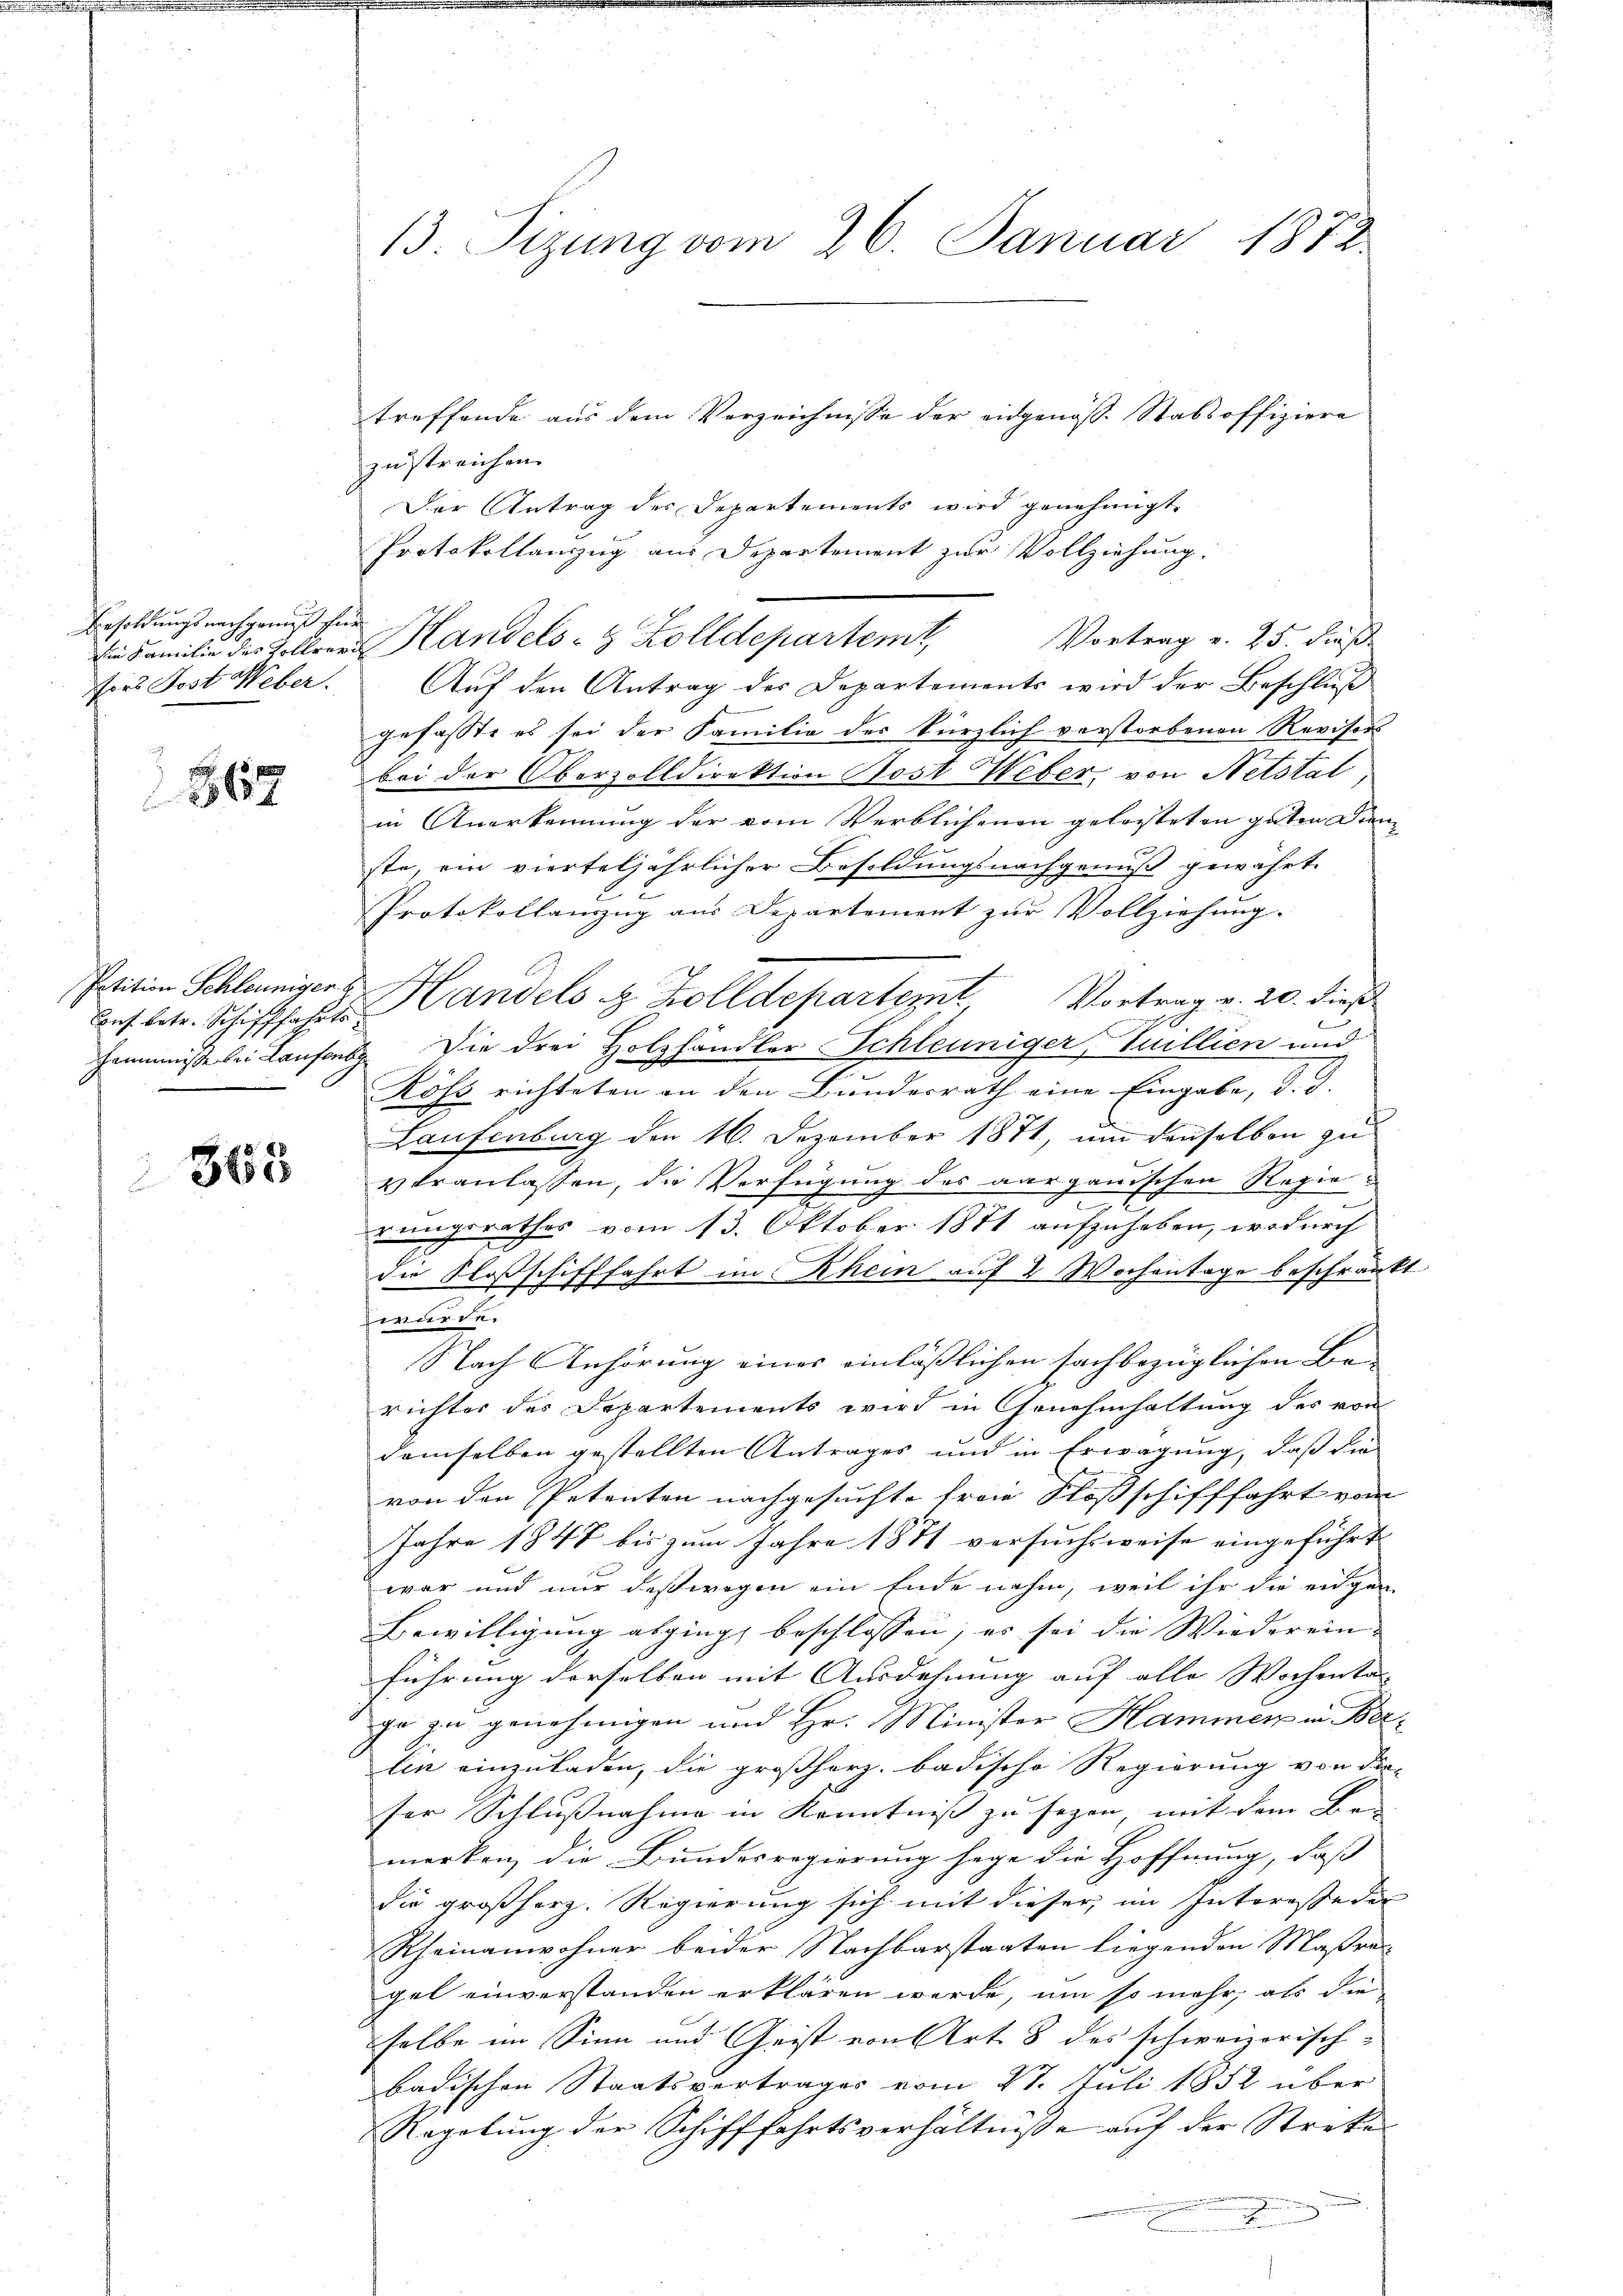
Besoldungsnachgenuß für
ors Post Weber.

867

Cons. betr. Schifffahrts

365

13. Sizung vom 26. Januar 1872

treffende aus dem Verzeichnisse der eidgenöss. Stabsoffiziere
zustreichen.
Der Antrag des Departements wird genehmigt.
Protokollanzug aus Departement zur Vollziehung.
Vortrag v. 25. Fuß.
Ein Familie des Kolleren Handels- & Zolldepartemt,
Auf den Antrag der Departements wird der Beschluß
gefasste es sei der Familie des kürzlich verstorbenen Revisors
bei der Oberzolldirektion Kost Weber, von Netstal,
in Anerkennung der vom Verblichenen gelasteten guten Dien- |
ste, ein vierteljährlicher Besoldungsnachgenuß gewährt,
Protokollanzug aus Departement zur Vollziehung.
Pritien Schleuniger & Handels u. Zolldepartemt Vortrag v. 20. dieß
Hemmnisse bei Laufen. Die drei Holzhändler Schleuniger, Juillien und
Röss richteten an den Bundesrath eine Eingabe, d. d.
Laufenburg den 16. Dezember 1871, um denselben zu
Veranlassen, die Verfügung des aargauischen Regierungsrathes vom 13. Oktober 1871 aufzuheben, wodurch
die Floßschifffahrt im Rhein auf 2 Wochentage beschränkt
wurde.
Nach Anhörung eines einläßlichen sachbezüglichen Be-
richter des Departements wird in Genehmhaltung des von
demselben gestellten Antrages und in Erwägung, daß die
von den Petenten nachgesuchte freie Floßschifffahrt vom
Jahre 1847 bis zum Jahre 1871 versuchsweise eingeführt
war und nur deßwegen ein Ende nahm, weil ihr die eigen-
Bewilligung abgings beschlossen, es sei die Wiederein- |
führung derselben mit Ausdehnung auf alle Wochenta
ge zu genehmigen und Hr. Minister Hammen in Berlin einzuladen, die großherz, badische Regierung von die
ser Schlußnahme in Kenntnis zu sagen, mit dem Be- |
merken die Bundesregierung sage die Hoffnung, dass
die großherz. Regierung sich mit dieser im Interesse der
Rheinanwohner beider Nachbarstaaten liegenden Maßragel einverstanden erklären werde, um so mehr, als die
selbe im Sinn und Geist von Art. 8 des schweizerischbadischen Staatsvertrages vom 21. Juli 1852 über
Ragotung der Schifffahrtsverhältnisse auf der Streke
.